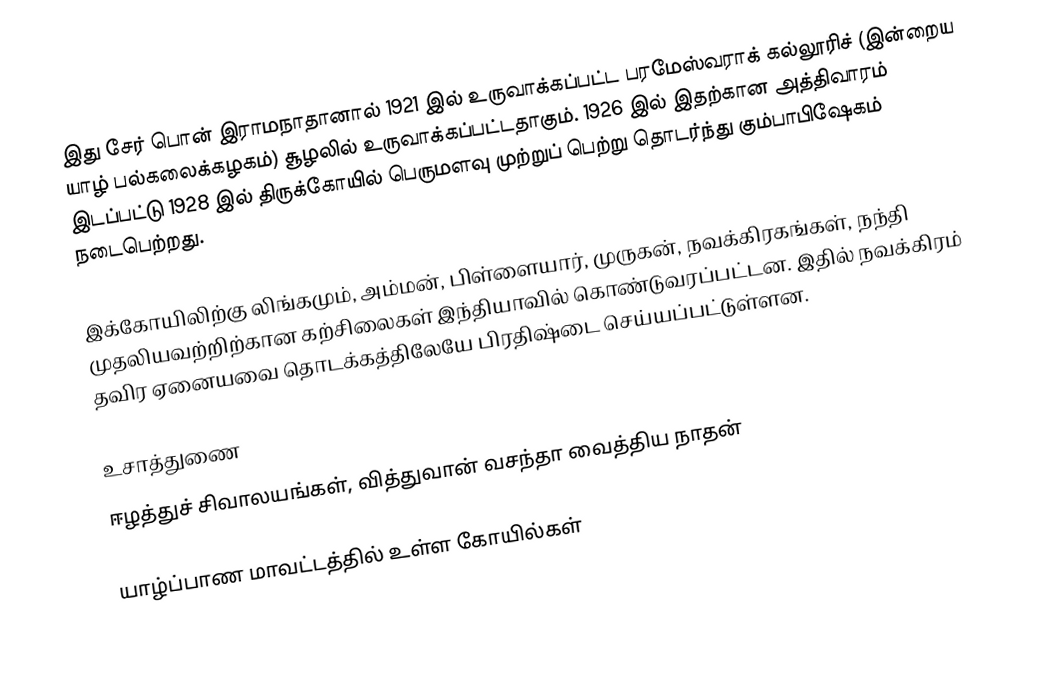
இது சேர் பொன் இராமநாதானால் 1921 இல் உருவாக்கப்பட்ட பரமேஸ்வராக் கல்லூரிச் (இன்றைய யாழ் பல்கலைக்கழகம்)  சூழலில் உருவாக்கப்பட்டதாகும். 1926 இல் இதற்கான அத்திவாரம் இடப்பட்டு 1928 இல் திருக்கோயில் பெருமளவு முற்றுப் பெற்று தொடர்ந்து கும்பாபிஷேகம் நடைபெற்றது.

இக்கோயிலிற்கு லிங்கமும், அம்மன், பிள்ளையார், முருகன், நவக்கிரகங்கள், நந்தி முதலியவற்றிற்கான கற்சிலைகள் இந்தியாவில் கொண்டுவரப்பட்டன. இதில் நவக்கிரம் தவிர ஏனையவை தொடக்கத்திலேயே பிரதிஷ்டை செய்யப்பட்டுள்ளன.

உசாத்துணை
 ஈழத்துச் சிவாலயங்கள், வித்துவான் வசந்தா வைத்திய நாதன்

யாழ்ப்பாண மாவட்டத்தில் உள்ள கோயில்கள்